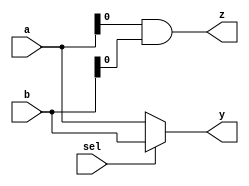
module combinational_logic (
    input wire [3:0] a,      // 4-bit input a
    input wire [3:0] b,      // 4-bit input b
    input wire sel,          // 1-bit select input
    output reg [3:0] y,      // 4-bit output y
    output reg z             // 1-bit output z
);

    // Combinational logic block
    always @(*) begin
        // Example logic: Multiplexer behavior
        // If sel is 0, output is a, else output is b
        y = (sel == 1'b0) ? a : b;

        // Example logic: AND operation between a and b, output to z
        z = a & b;
    end

endmodule